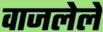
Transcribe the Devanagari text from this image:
वाजलेले